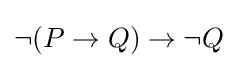
\lnot (P\to Q)\to \lnot Q